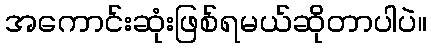
အကောင်းဆုံးဖြစ်ရမယ်ဆိုတာပါပဲ။